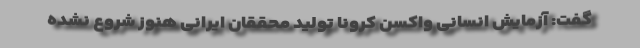
گفت: آزمایش انسانی واکسن کرونا تولید محققان ایرانی هنوز شروع نشده